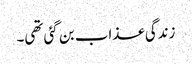
زندگی عذاب بن گئی تھی۔